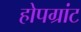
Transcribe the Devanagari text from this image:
होपग्रांट